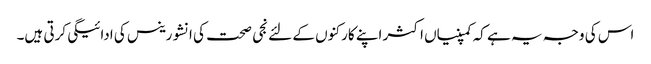
اس کی وجہ یہ ہے کہ کمپنیاں اکثر اپنے کارکنوں کے لئے نجی صحت کی انشورینس کی ادائیگی کرتی ہیں۔